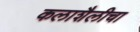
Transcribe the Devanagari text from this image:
कलाशैलीचा